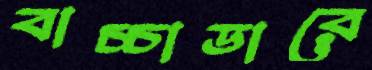
বাচ্চাডারে